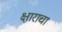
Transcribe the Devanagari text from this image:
क्षाराचा